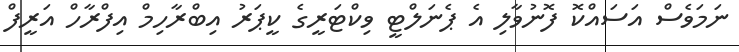
ނަމަވެސް އަސައްކޮ ފޮނުވާލި އެ ޕެނަލްޓީ ވިކްޓަރީގެ ކީޕަރު އިބްރާހިމް އިފްރާހް އަރީފް